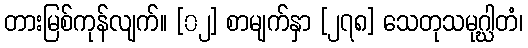
တားမြစ်ကုန်လျက်။ [၀၂] စာမျက်နှာ [၂၇၈] သေတုသမုဂ္ဃါတံ၊